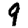
Digit: 9